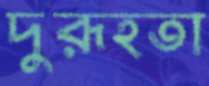
দুরূহতা